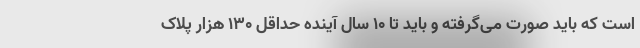
است که باید صورت می‌گرفته و باید تا ۱۰ سال آینده حداقل ۱۳۰ هزار پلاک